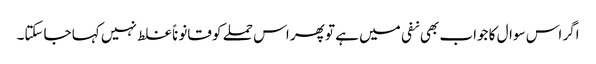
اگر اس سوال کا جواب بھی نفی میں ہے تو پھر اس حملے کو قانوناً غلط نہیں کہا جاسکتا۔